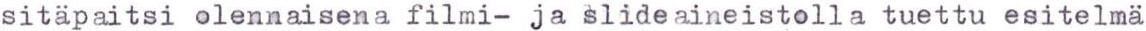
sitapaitsi olennaisena filmi- ja slideaineistolla tuettu esitelmä